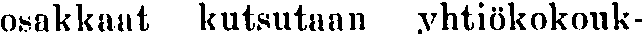
osakkaat kutsutaan yhtiökokouk-